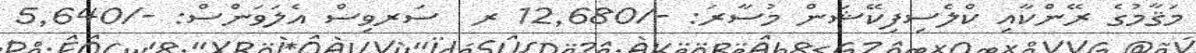
މަޤާމުގެ ރޭންކާއި ކްލެސިފިކޭޝަން މުސާރަ: -/12